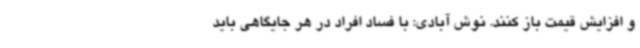
و افزایش قیمت باز کنند. نوش آبادی: با فساد افراد در هر جایگاهی باید